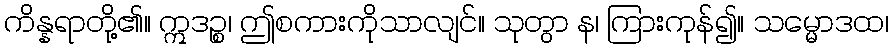
ကိန္နရာတို့၏။ ဣဒဉ္စ၊ ဤစကားကိုသာလျင်။ သုတွာ န၊ ကြားကုန်၍။ သမ္မောဒထ၊